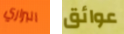
البراري عوائق